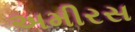
અમીરસ